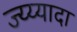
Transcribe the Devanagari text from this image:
ज्य्य्यादा